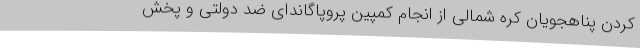
کردن پناهجویان کره شمالی از انجام کمپین پروپاگاندای ضد دولتی و پخش